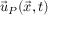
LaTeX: { \vec { u } } _ { P } ( { \vec { x } } , t )